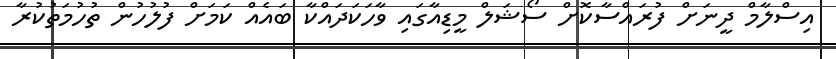
އިސްލާމް ދީނަށް ފުރައްސާކޮށް ސޯޝަލް މީޑިއާގައި ވާހަކަދައްކާ ބައެއް ކަމަށް ފުލުހުން ތުހުމަތުކުރާ